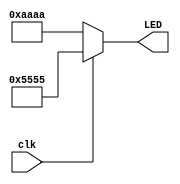
// This program was cloned from: https://github.com/FPGADude/Digital-Design
// License: GNU General Public License v3.0

`timescale 1ns / 1ps

module led_driver(
    input clk,      // 2Hz
    output [15:0] LED
    );
    
    reg [15:0] scheme1 = 16'b0101_0101_0101_0101;
    reg [15:0] scheme2 = 16'b1010_1010_1010_1010;
    
    assign LED = (clk == 1) ? scheme1 : scheme2;
    
endmodule